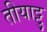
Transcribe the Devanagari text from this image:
तीयाट्टु